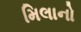
મિલાનો